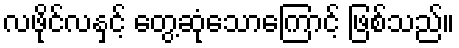
လဖိုင်လနှင့် တွေ့ဆုံသောကြောင့် ဖြစ်သည်။